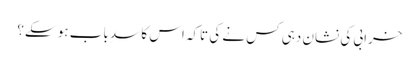
خرابی کی نشان دہی کس نے کی تاکہ اس کا سدِ باب ہو سکے؟